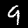
Digit: 9